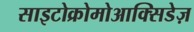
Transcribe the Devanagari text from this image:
साइटोक्रोमोआक्सिडेज़